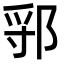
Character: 𬪃